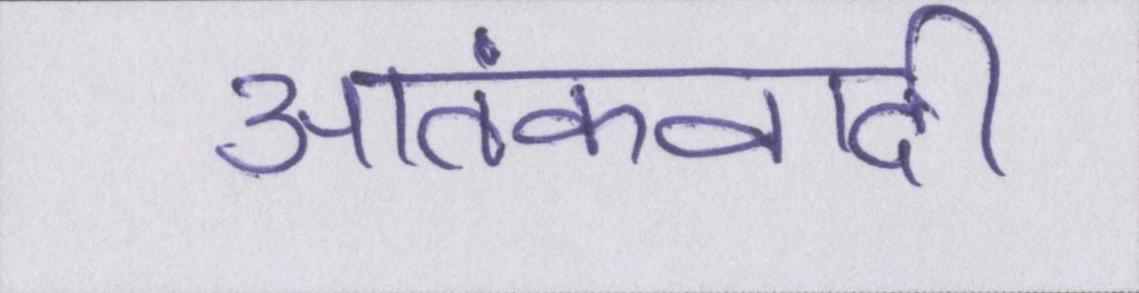
आतंकवादी